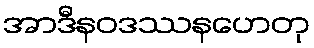
အာဒီနဝဒဿနဟေတု